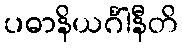
ပဓာနိယင်္ဂါနီတိ